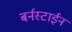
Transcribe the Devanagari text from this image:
बर्नस्टाईन